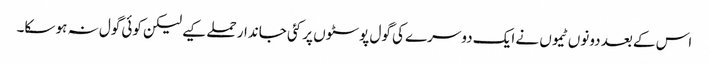
اس کے بعد دونوں ٹیموں نے ایک دوسرے کی گول پوسٹوں پر کئی جاندار حملے کیے لیکن کوئی گول نہ ہو سکا۔